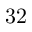
3 2